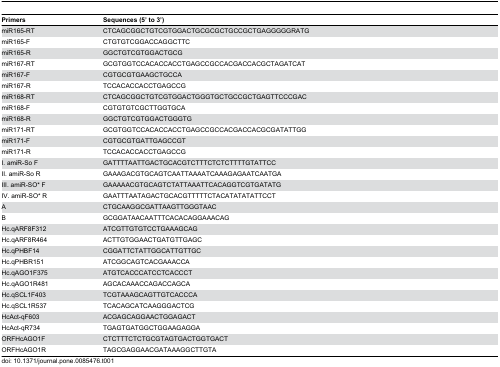
| Primers | Sequences (5’ to 3’) |
 | --- | --- |
 | miR165-RT | CTCAGCGGCTGTCGTGGACTGCGCGCTGCCGCTGAGGGGGRATG |
 | miR165-F | CTGTGTCGGACCAGGCTTC |
 | miR165-R | GGCTGTCGTGGACTGCG |
 | miR167-RT | GCGTGGTCCACACCACCTGAGCCGCCACGACCACGCTAGATCAT |
 | miR167-F | CGTGCGTGAAGCTGCCA |
 | miR167-R | TCCACACCACCTGAGCCG |
 | miR168-RT | CTCAGCGGCTGTCGTGGACTGGGTGCTGCCGCTGAGTTCCCGAC |
 | miR168-F | CGTGTGTCGCTTGGTGCA |
 | miR168-R | GGCTGTCGTGGACTGGGTG |
 | miR171-RT | GCGTGGTCCACACCACCTGAGCCGCCACGACCACGCGATATTGG |
 | miR171-F | CGTGCGTGATTGAGCCGT |
 | miR171-R | TCCACACCACCTGAGCCG |
 | I. amiR-So F | GATTTTAATTGACTGCACGTCTTTCTCTCTTTTGTATTCC |
 | II. amiR-So R | GAAAGACGTGCAGTCAATTAAAATCAAAGAGAATCAATGA |
 | III. amiR-SO* F | GAAAAACGTGCAGTCTATTAAATTCACAGGTCGTGATATG |
 | IV. amiR-SO* R | GAATTTAATAGACTGCACGTTTTTCTACATATATATTCCT |
 | A | CTGCAAGGCGATTAAGTTGGGTAAC |
 | B | GCGGATAACAATTTCACACAGGAAACAG |
 | Hc.qARF8F312 | ATCGTTGTGTCCTGAAAGCAG |
 | Hc.qARF8R464 | ACTTGTGGAACTGATGTTGAGC |
 | Hc.qPHBF14 | CGGATTCTATTGGCATTGTTGC |
 | Hc.qPHBR151 | ATCGGCAGTCACGAAACCA |
 | Hc.qAGO1F375 | ATGTCACCCATCCTCACCCT |
 | Hc.qAGO1R481 | AGCACAAACCAGACCAGCA |
 | Hc.qSCL1F403 | TCGTAAAGCAGTTGTCACCCA |
 | Hc.qSCL1R537 | TCACAGCATCAAGGGACTCG |
 | HcAct-qF603 | ACGAGCAGGAACTGGAGACT |
 | HcAct-qR734 | TGAGTGATGGCTGGAAGAGGA |
 | ORFHcAGO1F | CTCTTTCTCTGCGTAGTGACTGGTGACT |
 | ORFHcAGO1R | TAGCGAGGAACGATAAAGGCTTGTA |